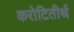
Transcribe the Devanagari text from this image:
करोटितीर्थ